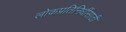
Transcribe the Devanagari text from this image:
लोकप्रतिनिधींसाठी